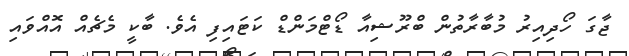
ޖާގަ ހޯދިއިރު މުބާރާތުން ބްރޫޝިއާ ޑޯޓްމަންޑް ކަޓައިފި އެވެ. ބާކީ މެޗެއް އޮއްވައި